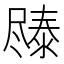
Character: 𫵧